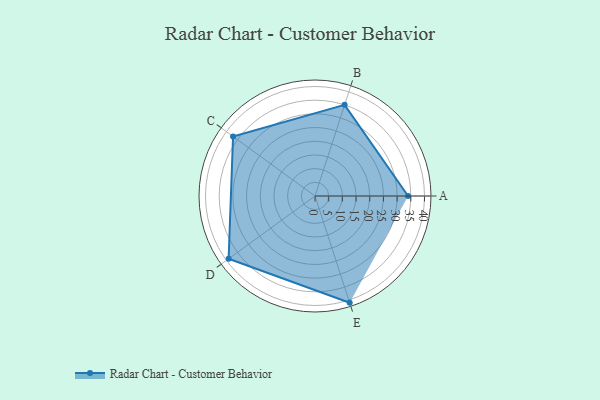
{"axis": {"x": "Skill", "y": "Score"}, "legend": ["Profile"], "data": [{"x": "A", "y": 34.0, "type": "Profile"}, {"x": "B", "y": 35.0, "type": "Profile"}, {"x": "C", "y": 37.0, "type": "Profile"}, {"x": "D", "y": 39.0, "type": "Profile"}, {"x": "E", "y": 41.0, "type": "Profile"}]}